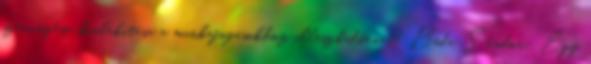
szervezése, kialakítása a munkafogásokhoz illeszkedően 8. Bede Sándor: Egy